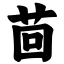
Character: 茴